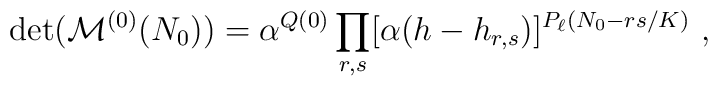
\det({\cal M}^{(0)} ( N_0 ))=\alpha^{Q(0)} \prod_{r,s}[\alpha(h-h_{r,s})]^{P_\ell (N_0 -rs/K)}{}~,